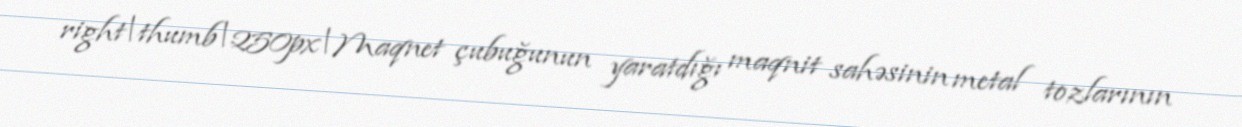
right|thumb|250px|Maqnet çubuğunun yaratdığı maqnit sahəsinin metal tozlarının